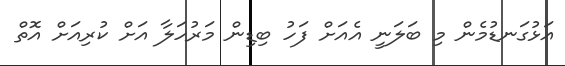
އަޅުގަނޑުމެން މި ބަލަނީ އެއަށް ފަހު ބިޑިން މަރުހަލާ އަށް ކުރިއަށް އޮތް